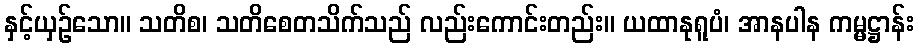
နှင့်ယှဉ်သော။ သတိစ၊ သတိစေတသိက်သည် လည်းကောင်းတည်း။ ယထာနုရူပံ၊ အာနပါန ကမ္မဋ္ဌာန်း